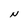
Character: N